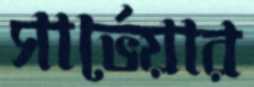
সার্ভেয়ার